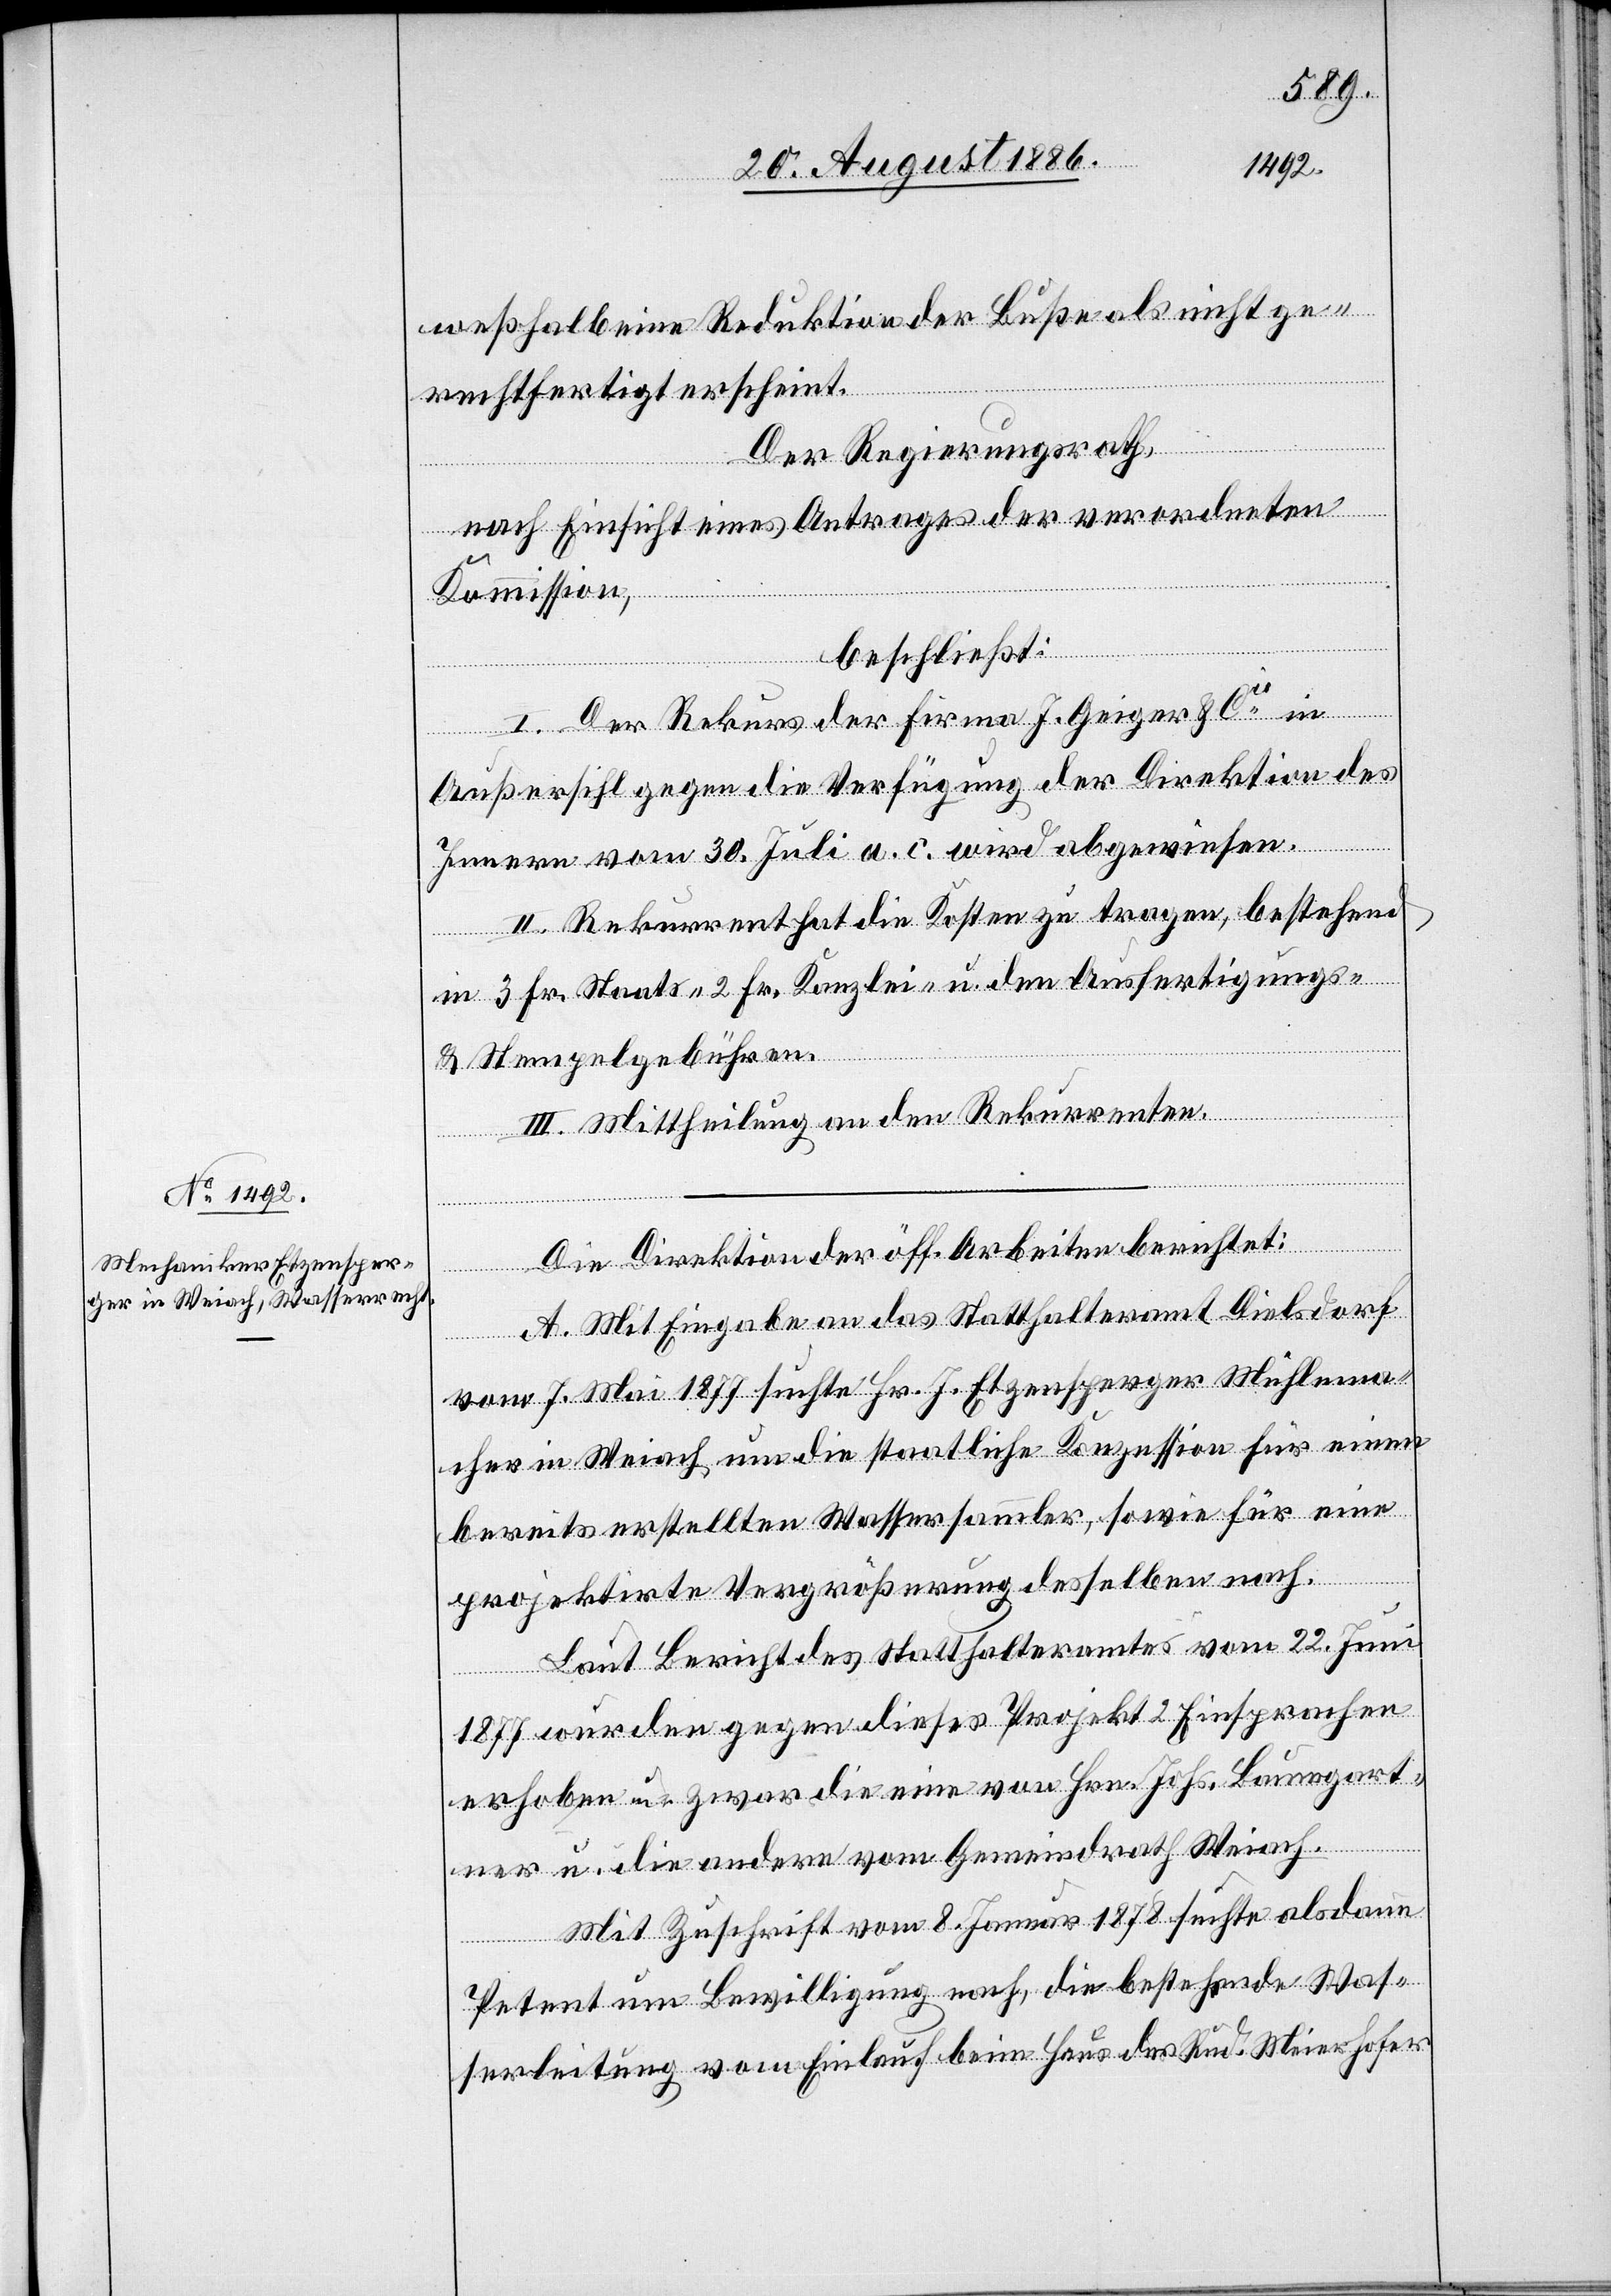
weßhalb eine Reduktion der Buße als nicht ge¬
rechtfertigt erscheint.
Der Regierungsrath,
nach Einsicht eines Antrages der verordneten
Kommission,
beschließt:
I. Der Rekurs der Firma J. Geiger & Cie in
Außersihl gegen die Verfügung der Direktion des
Innern vom 30. Juli a. c. wird abgewiesen.
II. Rekurrent hat die Kosten zu tragen, bestehend
in 3 Fr. Staats-, 2 Fr. Kanzlei- u. den Ausfertigungs-
& Stempelgebühren.
III. Mittheilung an den Rekurrenten.
Die Direktion der öff. Arbeiten berichtet:
A. Mit Eingabe an das Statthalteramt Dielsdorf
vom 7. Mai 1877 suchte Hr. J. Etzensperger Mühlema¬
cher in Weiach um die staatliche Konzession für einen
bereits erstellten Wassersammler, sowie für eine
projektirte Vergrößerung desselben nach.
Laut Bericht des Statthalteramtes vom 22. Juni
1877 wurden gegen dieses Projekt Einsprachen
erhoben u. zwar die eine von Hrn. Johs. Baumgart¬
ner u. die andere vom Gemeindrath Weiach.
Mit Zuschrift vom 8. Januar 1878 suchte alsdann
Petent um Bewilligung nach, die bestehende Was¬
serleitung vom Einlauf beim Haus des Rud. Meierhofer